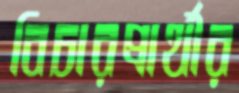
বিচারপ্রার্থীর